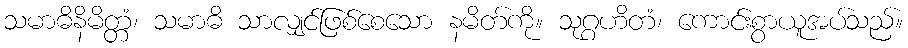
သမာဓိနိမိတ္တံ၊ သမာဓိ သာလျှင်ဖြစ်စေသော နမိတ်ကို။ သုဂ္ဂဟိတံ၊ ကောင်းစွာယူအပ်သည်။